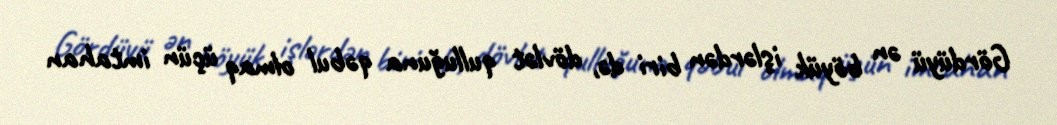
Gördüyü ən böyük işlərdən biri də, dövlət qulluğuna qəbul olmaq üçün imtahan